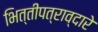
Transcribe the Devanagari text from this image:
भित्तीपत्राव्दारे